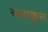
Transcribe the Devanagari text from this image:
सलाकुस